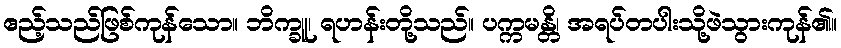
ဧည့်သည်ဖြစ်ကုန်သော။ ဘိက္ခူ၊ ရဟန်းတို့သည်။ ပက္ကမန္တိ၊ အရပ်တပါးသို့ဖဲသွားကုန်၏။